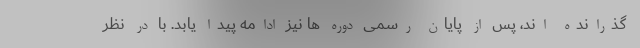
گذرانده اند، پس از پایان رسمی دوره ها نیز ادامه پیدا یابد. با در نظر